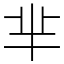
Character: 芈